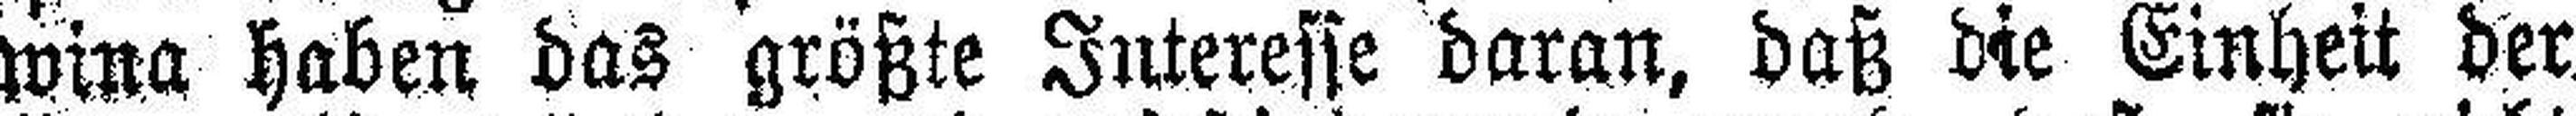
wina haben das größte Interesse daran, daß die Einheit der